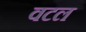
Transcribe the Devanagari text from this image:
वटल